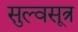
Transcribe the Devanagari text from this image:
सुल्वसूत्र